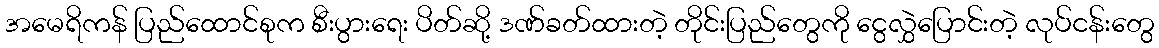
အမေရိကန် ပြည်ထောင်စုက စီးပွားရေး ပိတ်ဆို့ ဒဏ်ခတ်ထားတဲ့ တိုင်းပြည်တွေကို ငွေလွှဲပြောင်းတဲ့ လုပ်ငန်းတွေ